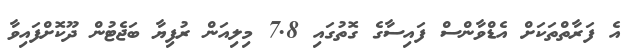
އެ ފަރާތްތަކަށް އެޑްވާންސް ފައިސާގެ ގޮތުގައި 7.8 މިލިއަން ރުފިޔާ ބަޖެޓުން ދޫކޮށްފައިވާ